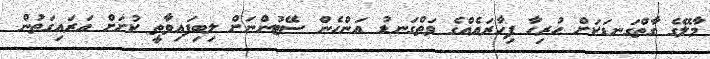
މާލޭގެ ގާތްގަނޑަކަށް ހުރިހާ ފިހާރައެއްގެ ވަތްގަނޑު އަންހެން ސޭޓުންނަށް ލިބިފައިވާތީ ކުށަށް އަރައިގަތުން